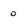
Character: 0